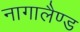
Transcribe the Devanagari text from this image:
नागालैण्‍ड